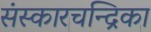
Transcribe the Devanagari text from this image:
संस्कारचन्द्रिका